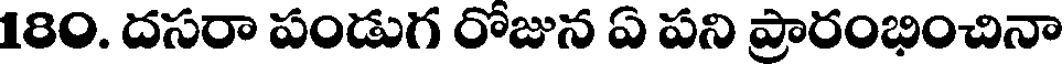
180. దసరా పండుగ రోజున ఏ పని ప్రారంభించినా